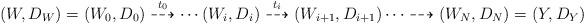
LaTeX: \begin{align*}(W,D_W)=(W_0, D_0)\overset{t_0}{\dasharrow}\cdots(W_i,D_i)\overset{t_i}{\dasharrow} (W_{i+1},D_{i+1})\cdots \dasharrow(W_N,D_N)=(Y,D_Y) \end{align*}